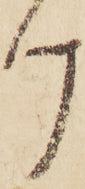
け